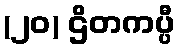
(၂၀) ဌိတကပ္ပီ